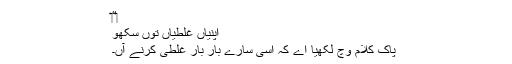
‏“‏
اپنیاں غلطیاں توں سکھو
پاک کلام وچ لکھیا اے کہ اَسی سارے بار بار غلطی کرنے آں۔